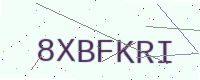
Text: 8XBFKRI